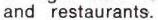
and restaurants.